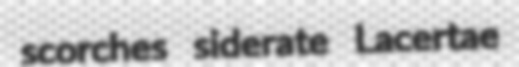
scorches siderate Lacertae